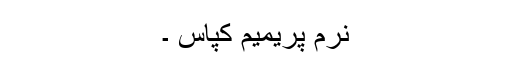
نرم پریمیم کپاس ۔